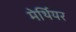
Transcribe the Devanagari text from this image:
मेर्थियर